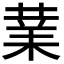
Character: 𭪙